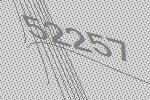
52257